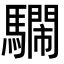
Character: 𩦴